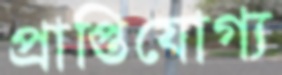
প্রাপ্তিযোগ্য